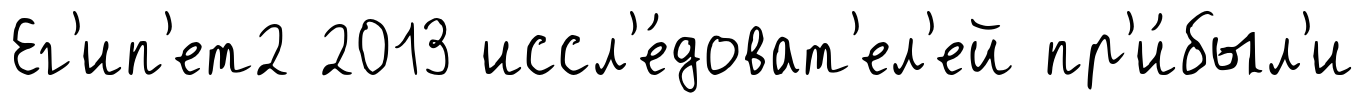
Ег'ип'ет2 2013 иссл'е́доват'ел'ей пр'и́был'и